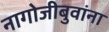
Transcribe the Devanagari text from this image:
नागोजीबुवांना